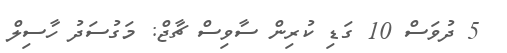
5 ދުވަސް 10 ގަޑި ކުރިން ސާވިސް ޗާޖް: މަގުސަދު ހާސިލް